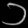
Digit: ၁